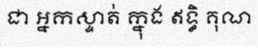
ជា អ្នកស្ទាត់ ក្នុង ឥទ្ធិ គុណ